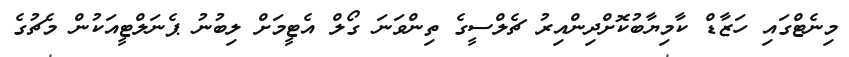
މިނެޓްގައި ހަޒާޑް ކާމިޔާބުކޮށްދިންއިރު ޗެލްސީގެ ތިންވަނަ ގޯލް އެޓީމަށް ލިބުނު ޕެނަލްޓީއަކުން މެޗުގެ